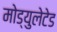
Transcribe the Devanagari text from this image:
मोड्युलेटेड